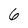
Character: 6